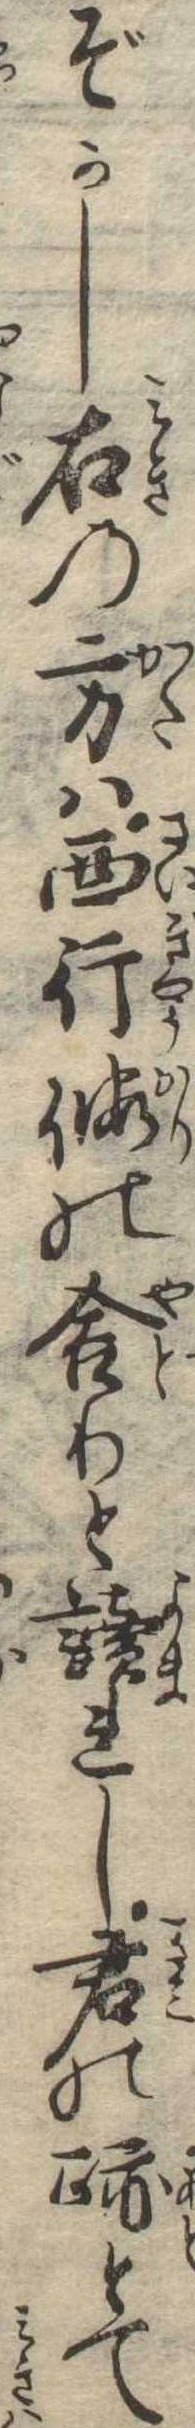
ぞかし右の方は西行仮の舎りと読れし君の跡とて